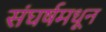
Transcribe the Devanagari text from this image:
संघर्षमधून